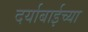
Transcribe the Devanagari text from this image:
दर्याबाईच्या